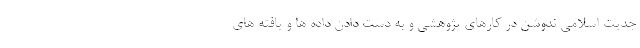
جدیت اسلامی ندوشن در کارهای پژوهشی و به دست دادن داده ها و یافته های